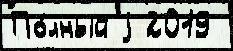
По́лный j 2019